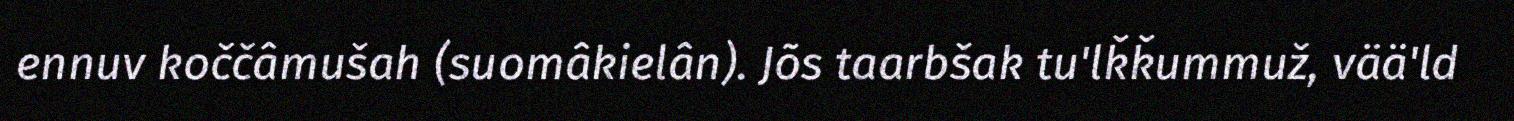
ennuv koččâmušah (suomâkielân). Jõs taarbšak tu'lǩǩummuž, vää'ld